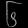
Digit: ၆